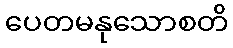
ပေတမနုသောစတိ